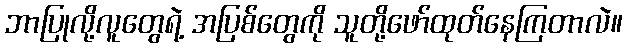
ဘာပြုလို့လူတွေရဲ့ အပြစ်တွေကို သူတို့ဖော်ထုတ်နေကြတာလဲ။